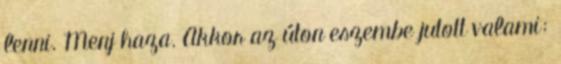
lenni. Menj haza. Akkor az úton eszembe jutott valami: